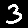
Digit: 3